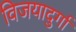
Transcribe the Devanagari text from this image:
विजयादुर्गा